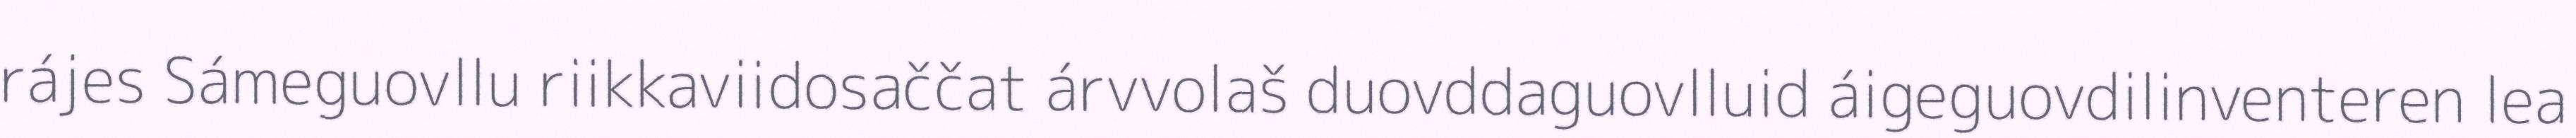
rájes Sámeguovllu riikkaviidosaččat árvvolaš duovddaguovlluid áigeguovdilinventeren lea